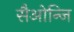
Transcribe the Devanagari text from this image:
सैओन्जि